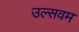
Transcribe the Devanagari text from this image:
उल्सवम